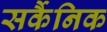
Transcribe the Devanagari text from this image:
सर्कैनिक